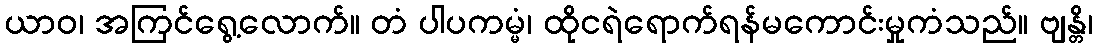
ယာဝ၊ အကြင်ရွေ့လောက်။ တံ ပါပကမ္မံ၊ ထိုငရဲရောက်ရန်မကောင်းမှုကံသည်။ ဗျန္တိ၊